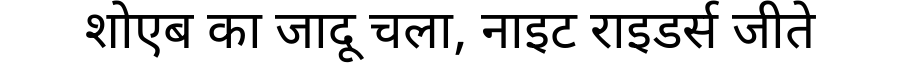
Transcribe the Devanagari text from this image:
शोएब का जादू चला, नाइट राइडर्स जीते